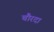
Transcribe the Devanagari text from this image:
चौरदा